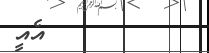
٩         އެއީ